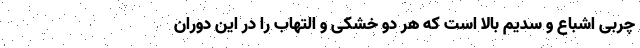
چربی اشباع و سدیم بالا است که هر دو خشکی و التهاب را در این دوران